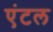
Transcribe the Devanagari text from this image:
एंटल